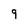
Character: 9